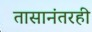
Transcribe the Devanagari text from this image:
तासानंतरही